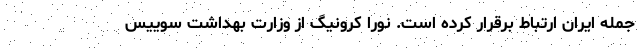
جمله ایران ارتباط برقرار کرده است. نورا کرونیگ از وزارت بهداشت سوییس